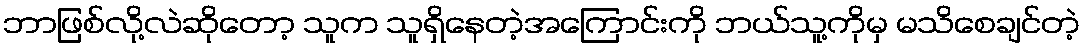
ဘာဖြစ်လို့လဲဆိုတော့ သူက သူရှိနေတဲ့အကြောင်းကို ဘယ်သူ့ကိုမှ မသိစေချင်တဲ့